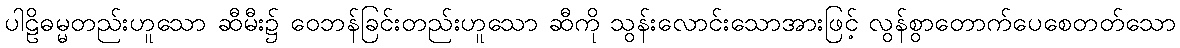
ပါဠိဓမ္မတည်းဟူသော ဆီမီး၌ ဝေဘန်ခြင်းတည်းဟူသော ဆီကို သွန်းလောင်းသောအားဖြင့် လွန်စွာတောက်ပေစေတတ်သော